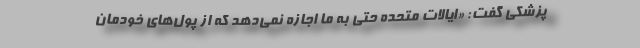
پزشکی گفت: «ایالات متحده حتی به ما اجازه نمی‌دهد که از پول‌های خودمان